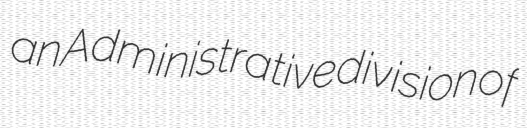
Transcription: an Administrative division of